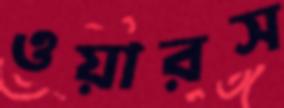
ওয়ারস